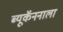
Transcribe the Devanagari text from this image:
ब्यूकॅननाला